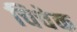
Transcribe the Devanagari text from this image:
चिचेक